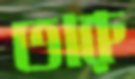
তারু